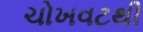
ચોખવટથી